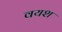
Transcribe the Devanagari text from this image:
वयश